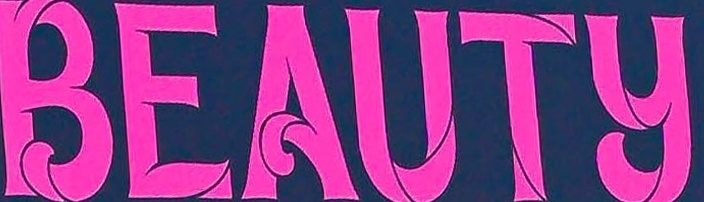
BEAUTY